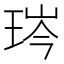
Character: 琌